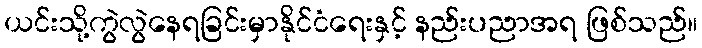
ယင်းသို့ကွဲလွဲနေရခြင်းမှာနိုင်ငံရေးနှင့် နည်းပညာအရ ဖြစ်သည်။